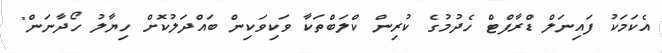
އެކަމަކު ފައިނަލް ޑްރާފްޓް ހެދުމުގެ ކުރިން ކްލަބްތަކާ ވަކިވަކިން ބައްދަލުކޮށް ހިޔާލު ހޯދާނަން"